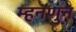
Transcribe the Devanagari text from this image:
म्हनणुन